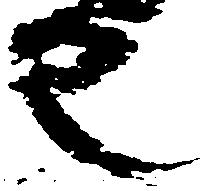
也